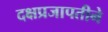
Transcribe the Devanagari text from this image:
दक्षप्रजापतीने